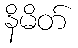
နိမိတ်